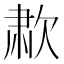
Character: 𰙑